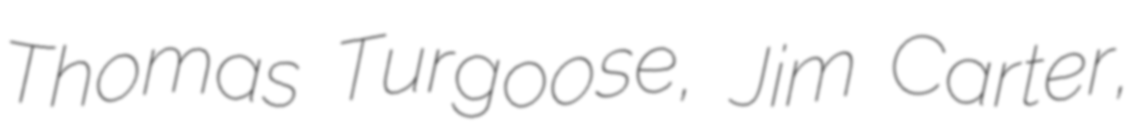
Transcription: Thomas Turgoose, Jim Carter,